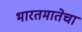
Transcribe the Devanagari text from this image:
भारतमातेचा